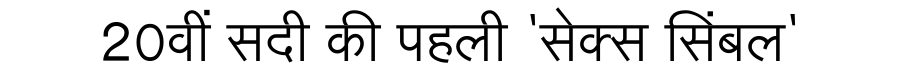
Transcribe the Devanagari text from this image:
20वीं सदी की पहली 'सेक्स सिंबल'